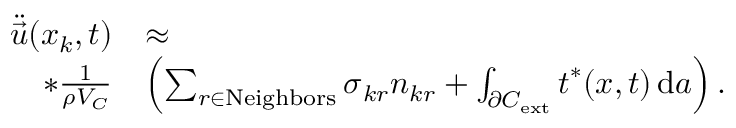
\begin{array} { r l } { \ddot { \vec { u } } ( \boldsymbol { x } _ { k } , t ) } & { \approx } \\ { * \frac { 1 } { \rho { V _ { C } } } } & { \left( \sum _ { r \in \mathrm { N e i g h b o r s } } \boldsymbol { \sigma } _ { k r } \boldsymbol { n } _ { k r } + \int _ { \partial { C } _ { \mathrm { e x t } } } \boldsymbol { t } ^ { * } ( \boldsymbol { x } , t ) \, \mathrm { d } a \right) . } \end{array}